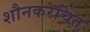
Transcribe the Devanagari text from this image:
शौनकरचित